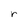
Character: r